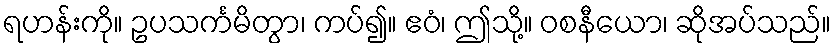
ရဟန်းကို။ ဥပသင်္ကမိတွာ၊ ကပ်၍။ ဧဝံ၊ ဤသို့။ ဝစနီယော၊ ဆိုအပ်သည်။